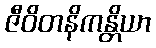
ဇီဝိတနိကန္တိယာ